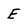
Character: E